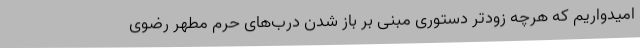
امیدواریم که هرچه زودتر دستوری مبنی بر باز شدن درب‌های حرم مطهر رضوی